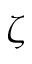
\zeta